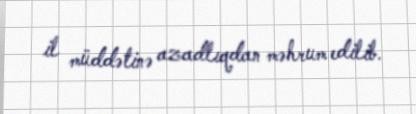
il müddətinə azadlıqdan məhrum edilib.